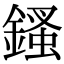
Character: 𨪊